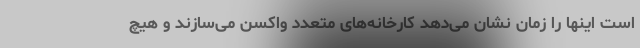
است اینها را زمان نشان می‌دهد کارخانه‌های متعدد واکسن می‌سازند و هیچ